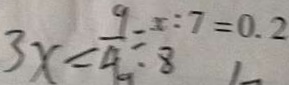
x : 7 = 0 . 2 3 x = \frac { 9 } { 4 } \div 8